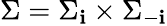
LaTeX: \Sigma=\Sigma_{\mathbf{i}}\times\Sigma_{-\mathbf{i}}